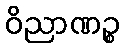
ဝိညာဏဉ္စ